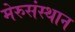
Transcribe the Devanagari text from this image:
मेरुसंस्थान